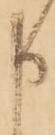
申